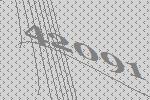
42091